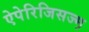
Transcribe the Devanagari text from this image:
ऐपेरिजिसज्म़